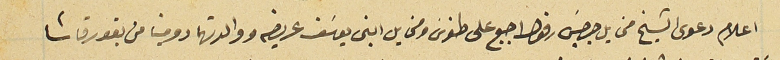
اعلام دعوى الشيخ مخايل جرجسَ رفول اجبع على طنوسَ ومخايل ابني يوسَف عريضه ووالدتهما دومينا من بقورقاشا